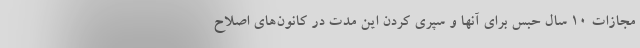
مجازات ۱۰ سال حبس برای آنها و سپری کردن این مدت در کانون‌های اصلاح